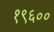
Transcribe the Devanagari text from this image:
१९६००